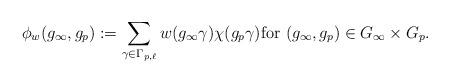
LaTeX: \begin{align*}\phi_w(g_\infty,g_p):=\sum_{\gamma\in \Gamma_{p,\ell}} w(g_\infty\gamma)\chi(g_p\gamma) \hbox{for $(g_\infty,g_p)\in G_\infty\times G_p.$}\end{align*}